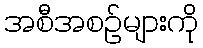
အစီအစဉ်များကို